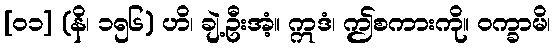
[၀၁] (နိ၊ ၁၅၆) ဟိ၊ ချဲ့ဦးအံ့။ ဣဒံ၊ ဤစကားကို။ ဝက္ခာမိ၊